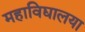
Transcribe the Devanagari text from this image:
महाविद्यालया